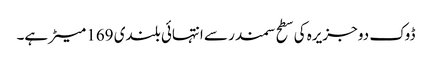
ڈوک دو جزیرہ کی سطح سمندر سے انتہائی بلندی 169 میٹر ہے۔